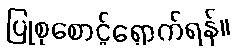
ပြုစုစောင့်ရှောက်ရန်။